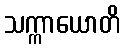
သက္ကာယောတိ